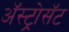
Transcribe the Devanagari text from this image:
अॅस्ट्रोसॅट